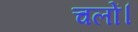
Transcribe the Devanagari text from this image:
चलों।